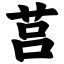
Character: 莒